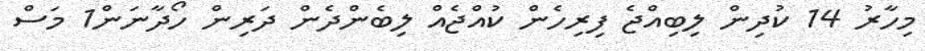
މިހާރު 14 ކުދިން ލިބިއްޖެ ފިރިހެން ކުއްޖެއް ލިބެންދެން ދަރިން ހޯދާނަން1 މަސް